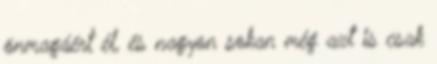
önmagáért él, és nagyon sokan még azt is csak